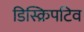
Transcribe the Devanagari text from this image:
डिस्क्रिपटिव